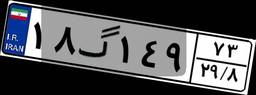
۱۸گ۱۴۹۷۳